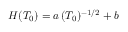
H ( T _ { 0 } ) = a \, ( T _ { 0 } ) ^ { - 1 / 2 } + b